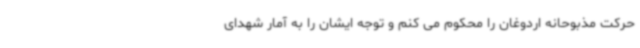
حرکت مذبوحانه اردوغان را محکوم می کنم و توجه ایشان را به آمار شهدای